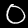
Label: 0